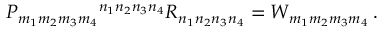
P _ { m _ { 1 } m _ { 2 } m _ { 3 } m _ { 4 } } { } ^ { n _ { 1 } n _ { 2 } n _ { 3 } n _ { 4 } } R _ { n _ { 1 } n _ { 2 } n _ { 3 } n _ { 4 } } = W _ { m _ { 1 } m _ { 2 } m _ { 3 } m _ { 4 } } \, .